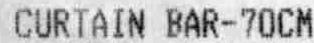
CURTAIN BAR-70CM